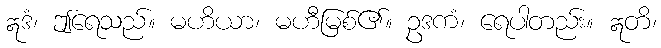
ဣဒံ၊ ဤရေသည်။ မဟိယာ၊ မဟီမြစ်၏။ ဥဒကံ၊ ရေပါတည်း။ ဣတိ၊